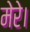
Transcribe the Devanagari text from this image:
मेरे।